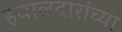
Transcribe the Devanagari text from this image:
हवालदारांच्या